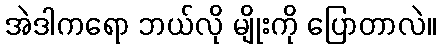
အဲဒါကရော ဘယ်လို မျိုးကို ပြောတာလဲ။